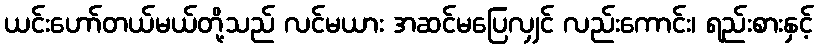
ယင်းဟော်တယ်မယ်တို့သည် လင်မယား အဆင်မပြေလျှင် လည်းကောင်း၊ ရည်းစားနှင့်